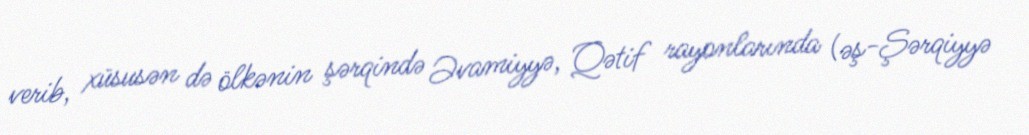
verib, xüsusən də ölkənin şərqində Əvamiyyə, Qətif rayonlarında (əş-Şərqiyyə